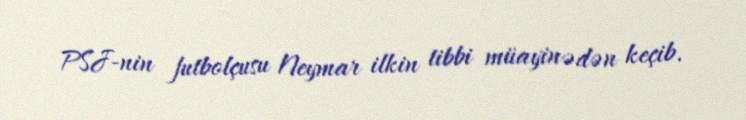
PSJ-nin futbolçusu Neymar ilkin tibbi müayinədən keçib.